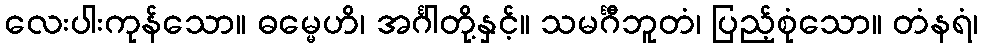
လေးပါးကုန်သော။ ဓမ္မေဟိ၊ အင်္ဂါတို့နှင့်။ သမင်္ဂီဘူတံ၊ ပြည့်စုံသော။ တံနရံ၊